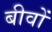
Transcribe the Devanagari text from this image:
बीवों